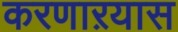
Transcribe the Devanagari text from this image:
करणाऱयास